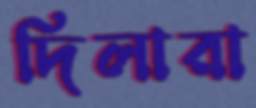
দিলারা